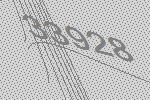
33928